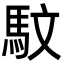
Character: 馼